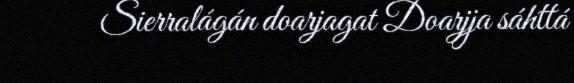
Sierralágán doarjagat Doarjja sáhttá